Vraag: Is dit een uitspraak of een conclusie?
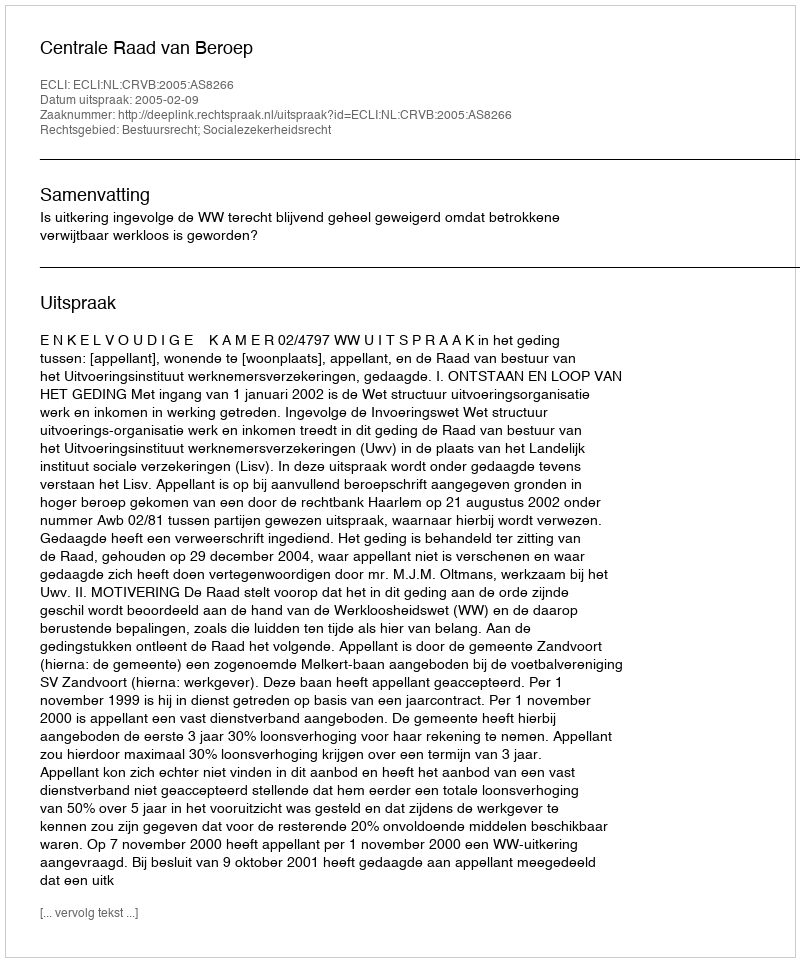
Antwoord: Uitspraak